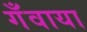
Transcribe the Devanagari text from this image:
गँवाया